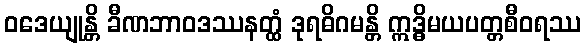
ဝဒေယျုန္တိ ခီဏဘာဝဒဿနတ္ထံ ဒုရဓိဂမန္တိ ဣဒ္ဓိမယပတ္တစီဝရဿ